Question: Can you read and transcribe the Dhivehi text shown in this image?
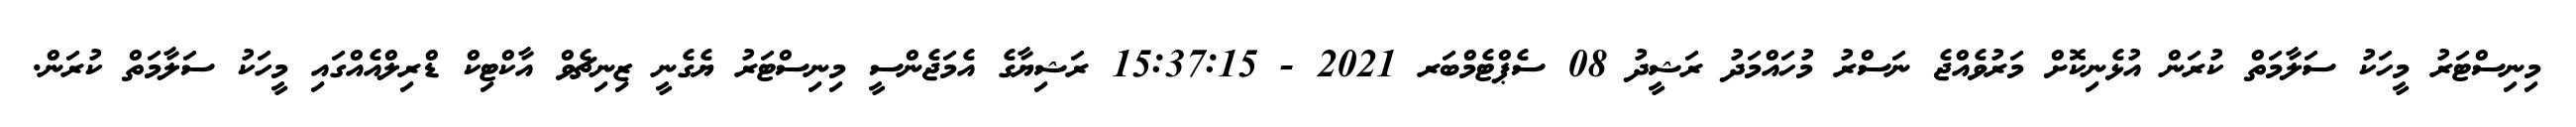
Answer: މިނިސްޓަރު މީހަކު ސަލާމަތް ކުރަން އުޅެނިކޮށް މަރުވެއްޖެ ނަސްރު މުހައްމަދު ރަޝީދު 08 ސެޕްޓެމްބަރ 2021 - 15:37:15 ރަޝިޔާގެ އެމަޖެންސީ މިނިސްޓަރު ޔެގެނީ ޒިނިޗެވް އާކްޓިކް ޑްރިލްއެއްގައި މީހަކު ސަލާމަތް ކުރަން.